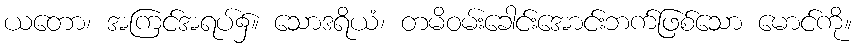
ယတော၊ အကြင်အရပ်၌။ သောဒရိယံ၊ တမိဝမ်းခေါင်းအောင်းဘက်ဖြစ်သော မောင်ကို။